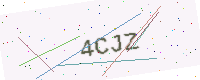
Text: 4CJZ